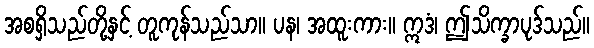
အစရှိသည်တို့နှင့် တူကုန်သည်သာ။ ပန၊ အထူးကား။ ဣဒံ၊ ဤသိက္ခာပုဒ်သည်။